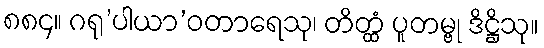
၈၈၄။ ဂရု’ပါယာ’ဝတာရေသု၊ တိတ္ထံ ပူတမ္ဗု ဒိဋ္ဌိသု။